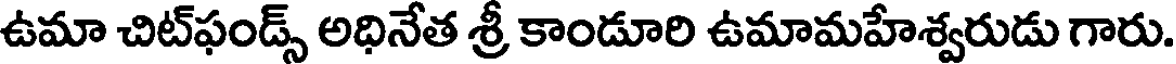
ఉమా చిట్ఫండ్స్ అధినేత శ్రీ కాండూరి ఉమామహేశ్వరుడు గారు.